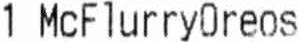
1 MCFLURRYOREOS